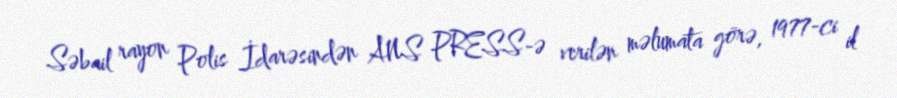
Səbail rayon Polis İdarəsindən ANS PRESS-ə verilən məlumata görə, 1977-ci il